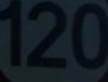
120